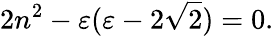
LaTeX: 2n^{2}-\varepsilon(\varepsilon-2\sqrt{2})=0.